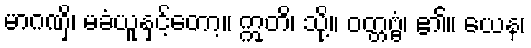
မာဂဏှိ၊ မခံယူနှင့်တော့။ ဣတိ၊ သို့။ ဝတ္တဗ္ဗံ၊ ၏။ ယေန၊